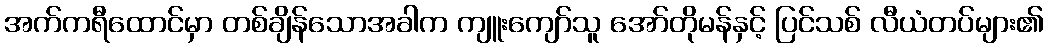
အက်ကရီထောင်မှာ တစ်ချိန်သောအခါက ကျူးကျော်သူ အော်တိုမန်နှင့် ပြင်သစ် လီယံတပ်များ၏